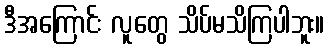
ဒီအကြောင်း လူတွေ သိပ်မသိကြပါဘူး။